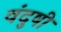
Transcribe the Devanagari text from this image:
वंदुषी